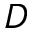
D